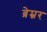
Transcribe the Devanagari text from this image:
ब्रेम्नर